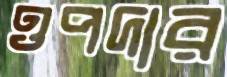
ওপদার